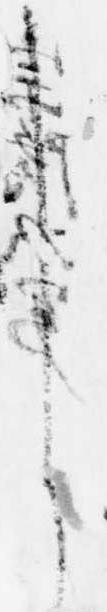
し